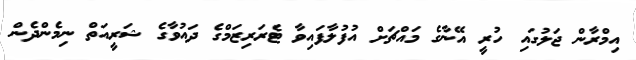
އިމްރާން ޖަލުގައި ހުރީ އޭނާގެ މައްޗަށް އުފުލާފައިވާ ޓެރަރިޒަމްގެ ދައުވާގެ ޝަރީއަތް ނިމެންދެން